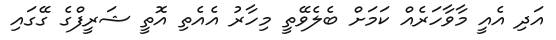
އަދި އެއީ މާވާހަރެއް ކަމަށް ބެލެވޭތީ މިހާރު އެއެތި އޮތީ ޝަރީފްގެ ގޭގައި